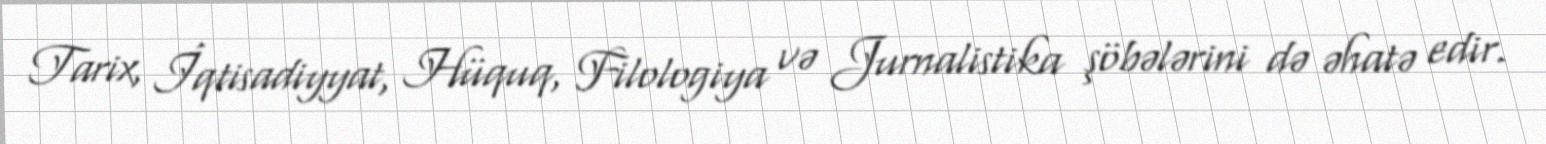
Tarix, İqtisadiyyat, Hüquq, Filologiya və Jurnalistika şöbələrini də əhatə edir.